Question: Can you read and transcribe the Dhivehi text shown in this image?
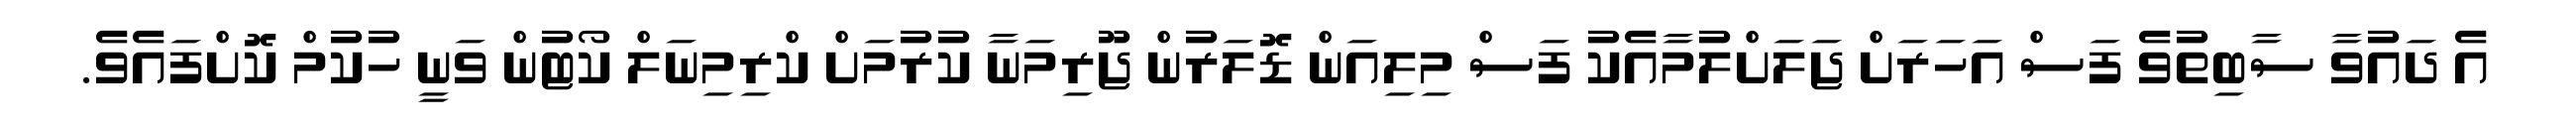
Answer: އެ ދައުވާ ސާބިތުވެ ފަސް އަހަރަށް ޖަލަށްލުމާއެކު ފަސް މިލިއަން ޑޮލަރުން ޖޫރިމަނާ ކުރުމަށް ކްރިމިނަލް ކޯޓުން ވަނީ ހުކުމް ކޮށްފައެވެ.